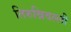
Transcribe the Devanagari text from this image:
तिरुन्निवल्ली